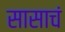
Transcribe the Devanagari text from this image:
सासाचं